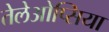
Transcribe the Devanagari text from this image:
तेलेओप्सिया